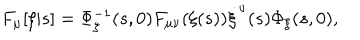
F _ { \mu } [ \xi | s ] = \Phi _ { \xi } ^ { - 1 } ( s , 0 ) F _ { \mu \nu } ( \xi ( s ) ) \dot { \xi } ^ { \nu } ( s ) \Phi _ { \xi } ( s , 0 ) ,